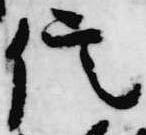
信